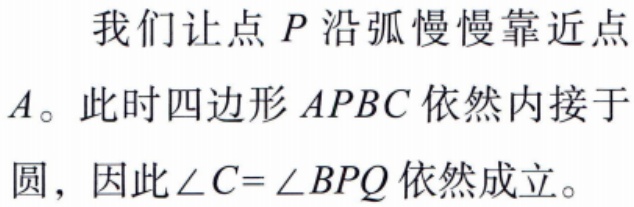
我们让点 \(P\) 沿弧慢慢靠近点 \(A\)。此时四边形 \(APBC\) 依然内接于圆，因此\(\angle C = \angle BPQ\) 依然成立。